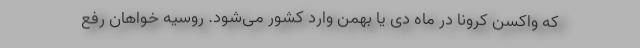
که واکسن کرونا در ماه دی یا بهمن وارد کشور می‌شود. روسیه خواهان رفع